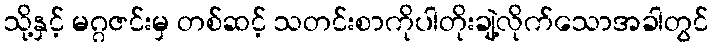
သို့နှင့် မဂ္ဂဇင်းမှ တစ်ဆင့် သတင်းစာကိုပါတိုးချဲ့လိုက်သောအခါတွင်